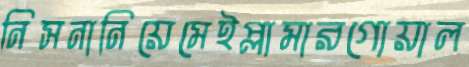
নিসনানিয়েমেইপ্লামারগোয়াল